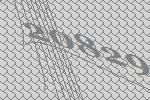
20829